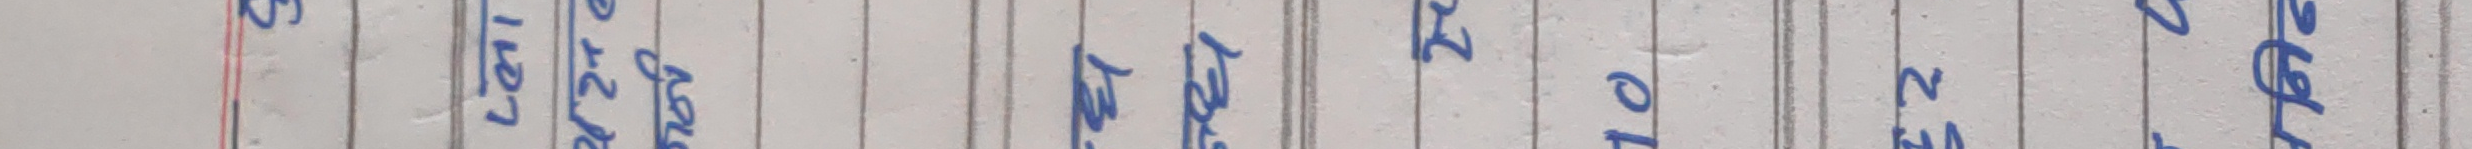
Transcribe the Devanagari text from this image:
क) १०
ख) १२
ग) २७
घ) ४८
ङ) ८३